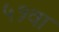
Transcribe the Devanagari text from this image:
५१वा